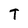
Character: T